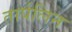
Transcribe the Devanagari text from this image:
तार्पलिन